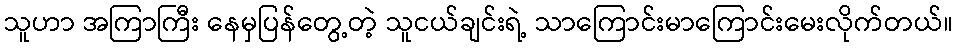
သူဟာ အကြာကြီး နေမှပြန်တွေ့တဲ့ သူငယ်ချင်းရဲ့ သာကြောင်းမာကြောင်းမေးလိုက်တယ်။